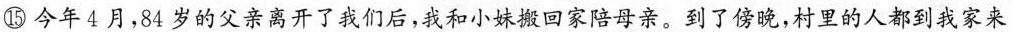
⑮今年4月，84岁的父亲离开了我们后，我和小妹搬回家陪母亲。到了傍晚，村里的人都到我家来